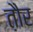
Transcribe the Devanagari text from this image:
त़ौर